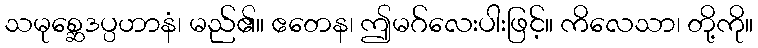
သမုစ္ဆေဒပ္ပဟာနံ၊ မည်၏။ ဧတေန၊ ဤမဂ်လေးပါးဖြင့်။ ကိလေသာ၊ တို့ကို။